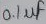
Text: 0,1µf